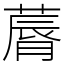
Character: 䔚